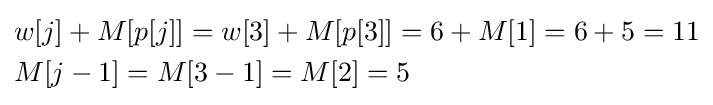
{\begin{aligned}&w[j]+M[p[j]]=w[3]+M[p[3]]=6+M[1]=6+5=11\\&M[j-1]=M[3-1]=M[2]=5\end{aligned}}